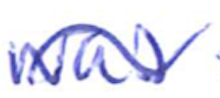
Text: was
Cross-out: wave
Writing tool: ballpoint